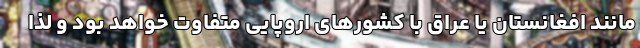
مانند افغانستان یا عراق با کشورهای اروپایی متفاوت خواهد بود و لذا